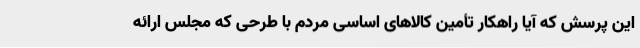
این پرسش که آیا راهکار تأمین کالاهای اساسی مردم با طرحی که مجلس ارائه